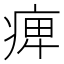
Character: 𤷒